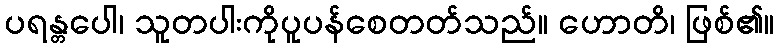
ပရန္တပေါ၊ သူတပါးကိုပူပန်စေတတ်သည်။ ဟောတိ၊ ဖြစ်၏။